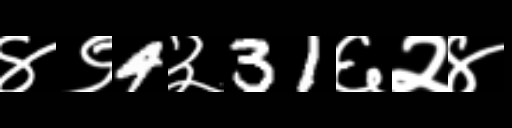
Text: ४९4३31६२४